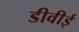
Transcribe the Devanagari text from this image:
डीवीई